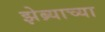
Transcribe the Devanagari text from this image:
झेब्र्याच्या